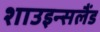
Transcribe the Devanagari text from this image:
शाउइन्सलैंड